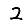
Digit: 2